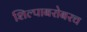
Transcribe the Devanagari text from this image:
शिल्पाबरोबरच